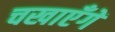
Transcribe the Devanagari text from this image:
चखाएँगें